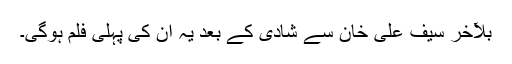
بلآخر سیف علی خان سے شادی کے بعد یہ ان کی پہلی فلم ہوگی۔